Assam Mental Hospital (Tezpur, India) - 1933-1948
Year: 1933
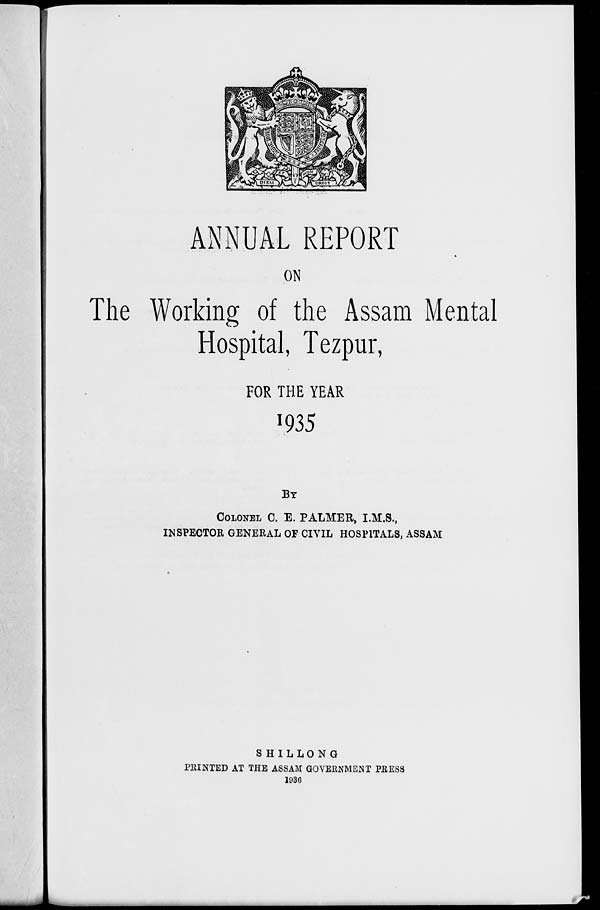
ANNUAL REPORT
ON
The Working of the Assam Mental
Hospital, Tezpur,
FOR THE YEAR
1935
BY
COLONEL C. E. PALMER, I.M.S.,
INSPECTOR GENERAL OF CIVIL HOSPITALS, ASSAM
SHILLONG
PRINTED AT THE ASSAM GOVERNMENT PRESS
1936